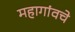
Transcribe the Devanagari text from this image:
महागांवचे